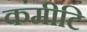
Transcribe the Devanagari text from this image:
कमीटि